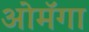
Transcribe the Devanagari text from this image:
ओमॅगा